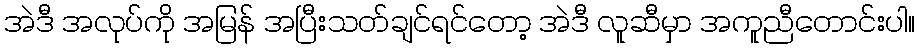
အဲဒီ အလုပ်ကို အမြန် အပြီးသတ်ချင်ရင်တော့ အဲဒီ လူဆီမှာ အကူညီတောင်းပါ။